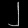
Digit: ၂